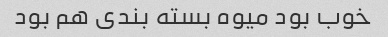
خوب بود میوه بسته بندی هم بود